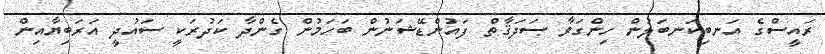
ރައީސްގެ އަނބިކަނބަލުން ހިންގަވާ ޞަދަޤާތް ފައުންޑޭޝަނުން ބަހަމުން ގެންދާ ކަދުރަކީ ސައުދީ އަރަބިޔާއިން